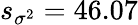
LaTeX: s_{\sigma^{2}}=46.07